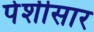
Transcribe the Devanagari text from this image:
पेशीसार